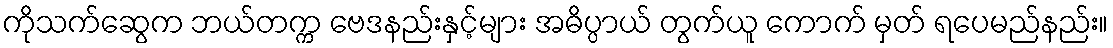
ကိုသက်ဆွေက ဘယ်တက္က ဗေဒနည်းနှင့်များ အဓိပ္ပာယ် တွက်ယူ ကောက် မှတ် ရပေမည်နည်း။